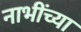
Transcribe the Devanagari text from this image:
नाभींच्या